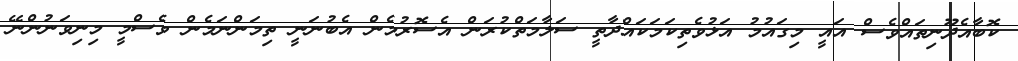
ކޮބާއެދޫނިތައްވެސް އައީ މިގައުމު އަޅުވެތިކަމަކައްދާތީ ސަލާމަތްކުރަން އެސޮރުމެން އެބުނަނީ ތިމަންނަމެން ވެސްމީ މިނިވަނުންނޭ